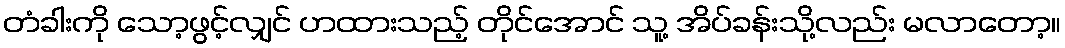
တံခါးကို သော့ဖွင့်လျှင် ဟထားသည့် တိုင်အောင် သူ့ အိပ်ခန်းသို့လည်း မလာတော့။